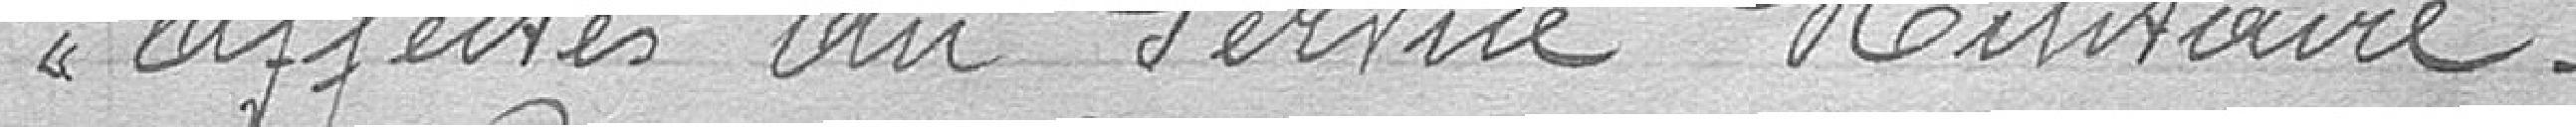
affectés au Service Militaire.